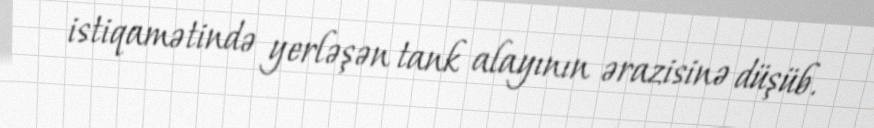
istiqamətində yerləşən tank alayının ərazisinə düşüb.